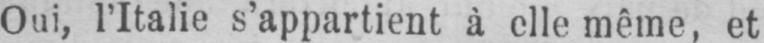
Oui, l’Italie s’appartient à elle même, et